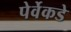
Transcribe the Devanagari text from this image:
पेर्वेकडे